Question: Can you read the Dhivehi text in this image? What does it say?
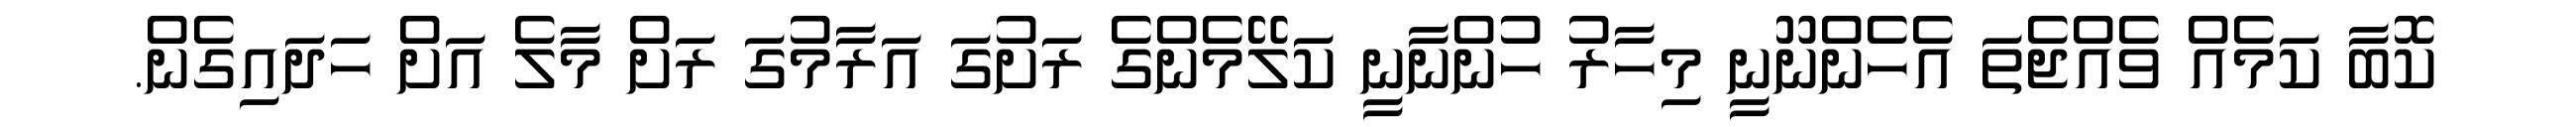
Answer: ކޮބާ ކަމެއް ވެއްޖެތަ އެހެންނޫނީ މިހާރު ހުންނާނީ ކަލޭމެންގެ ރަށުގަ އަރާމުގަ ރަށް މާލެ އަށް ހަދައިގެން.